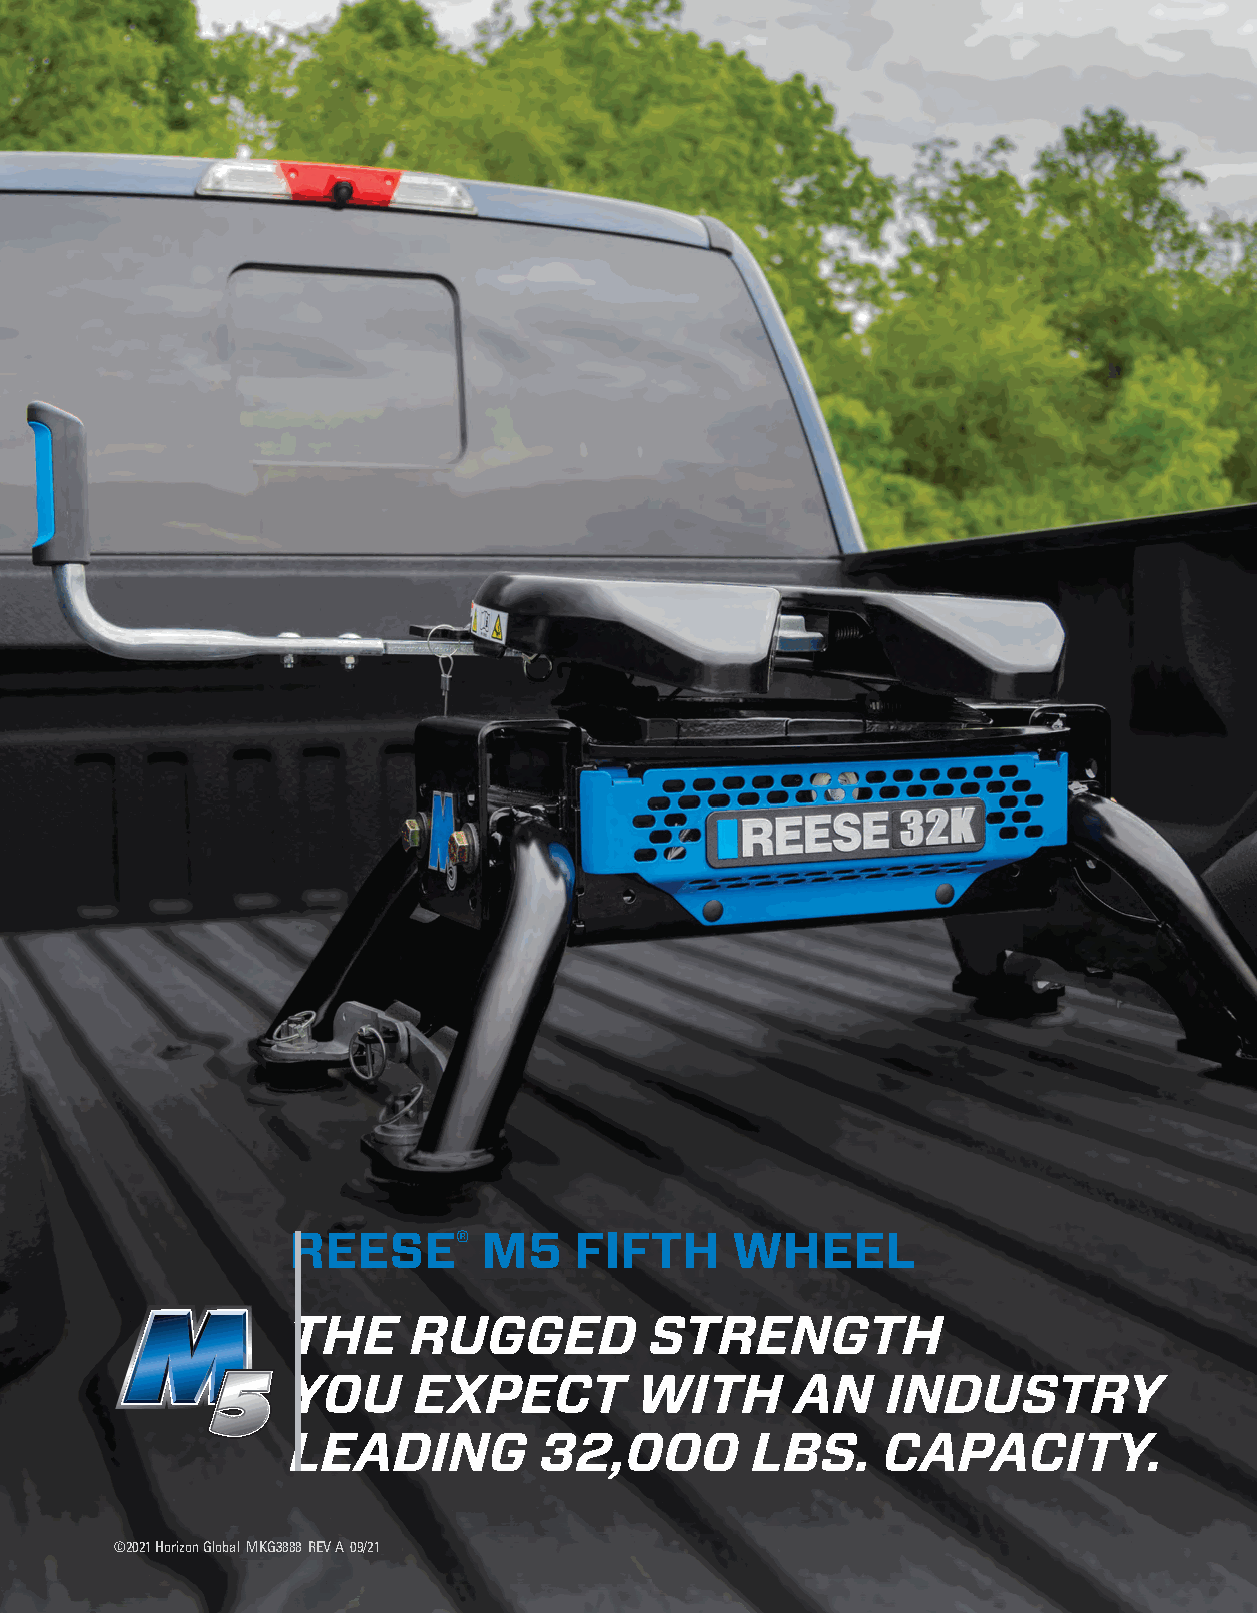
REESE®       M5    FIFTH     WHEEL
 THE     RUGGED          STRENGTH
 YOU     EXPECT         WITH       AN    INDUSTRY
 LEADING          32,000        LBS.    CAPACITY.
 ©2021 Horizon Global MKG3888 REV A 09/21